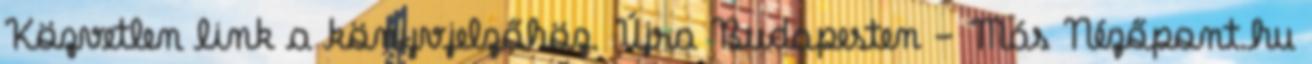
Közvetlen link a könyvjelzőhöz. Újra Budapesten - Más Nézőpont.hu